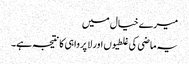
میرے خیال میں
یہ ماضی کی غلطیوں اور لا پرواہی کا نتیجہ ہے۔